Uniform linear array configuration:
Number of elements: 64
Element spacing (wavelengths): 0.25
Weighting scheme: uniform
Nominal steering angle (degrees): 45
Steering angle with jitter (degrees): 44.299
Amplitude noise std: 0.05
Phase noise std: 0.05

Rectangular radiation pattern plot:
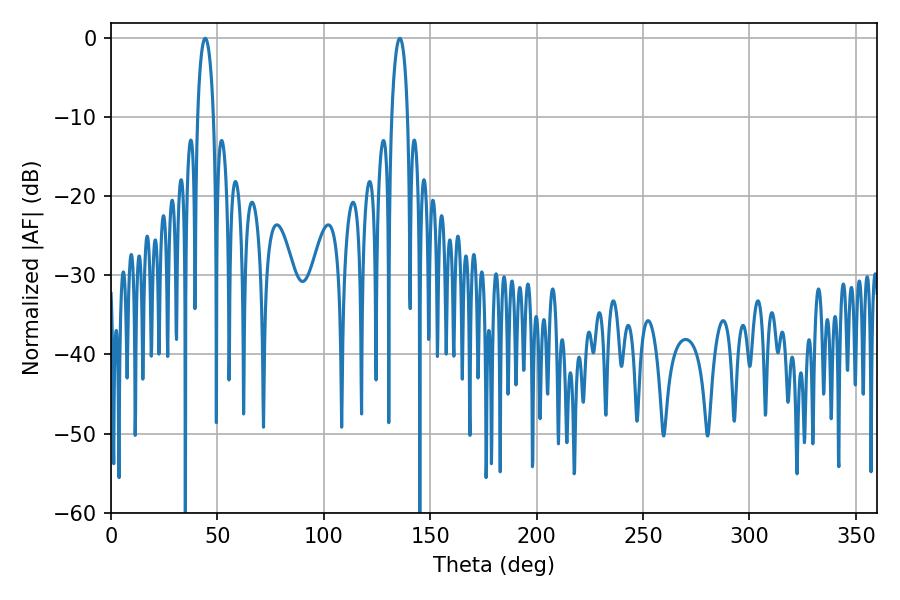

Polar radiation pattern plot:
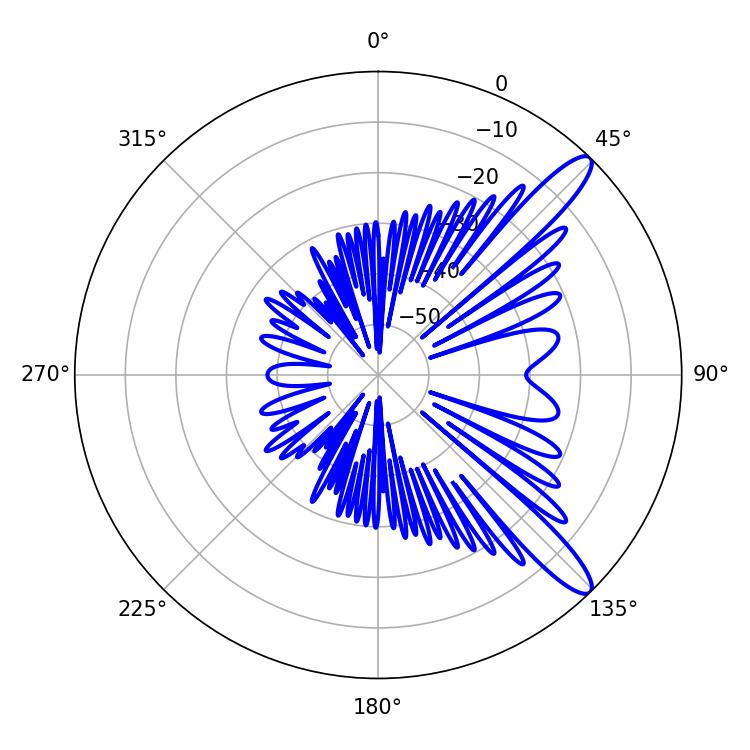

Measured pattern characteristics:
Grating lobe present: FALSE
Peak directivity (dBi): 12.15
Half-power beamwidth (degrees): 4.32
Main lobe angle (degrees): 44.28